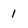
Character: 1